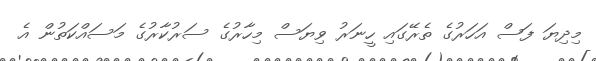
މިދިޔަ ފަސް އަހަރުގެ ތެރޭގައި ހީނަރު ވިޔަސް މިހާރުގެ ސަރުކާރުގެ މަސައްކަތުން އެ